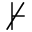
\nvdash